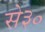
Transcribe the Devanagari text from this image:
से३०